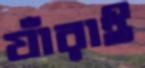
যাঁরাই